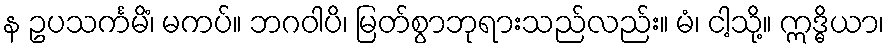
န ဥပသင်္ကမိံ၊ မကပ်။ ဘဂဝါပိ၊ မြတ်စွာဘုရားသည်လည်း။ မံ၊ ငါ့သို့။ ဣဒ္ဓိယာ၊